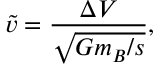
\tilde { v } = \frac { \Delta V } { \sqrt { G m _ { B } / s } } ,